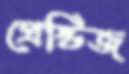
প্রেস্টিজ